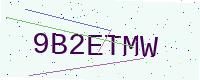
Text: 9B2ETMW